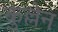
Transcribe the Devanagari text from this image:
कुल्लेन